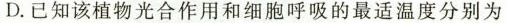
D.已知该植物光合作用和细胞呼吸的做适温度分别为